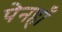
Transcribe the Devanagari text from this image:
पेनहाँ